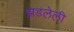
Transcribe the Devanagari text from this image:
झडलेली